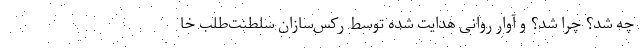
چه شد؟ چرا شد؟ و آوار روانی هدایت شده توسط رکس‌سازان سلطنت‌طلب خا